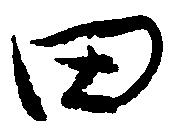
田